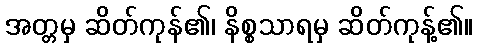
အတ္တမှ ဆိတ်ကုန်၏၊ နိစ္စသာရမှ ဆိတ်ကုန့်၏။